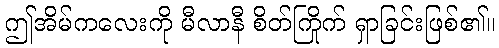
ဤအိမ်ကလေးကို မီလာနီ စိတ်ကြိုက် ရှာခြင်းဖြစ်၏။